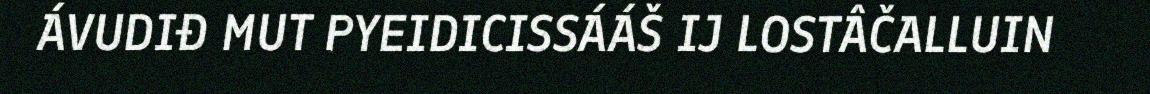
ÁVUDIĐ MUT PYEIDICISSÁÁŠ IJ LOSTÂČALLUIN